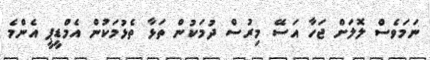
ނަމަވެސް ލޮލަށް ޖަހާ އަސޭ މިރުސް ދުމަކުން ތަޅާ ތެޅުމަކުން އެމްޑީޕީ އެންމެ